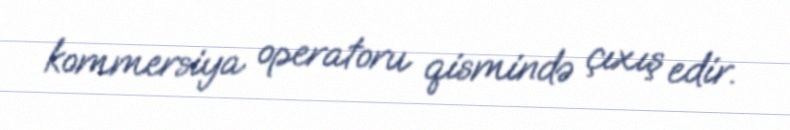
kommersiya operatoru qismində çıxış edir.